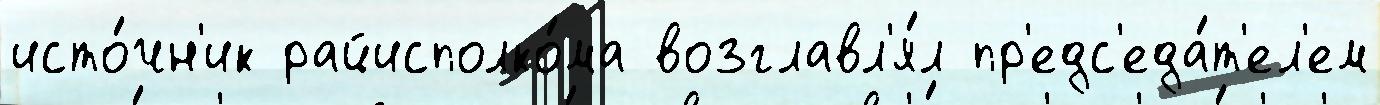
исто́чн'ик райисполко́ма возглавл'я́л пр'едс'еда́т'ел'ем